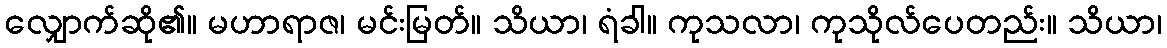
လျှောက်ဆို၏။ မဟာရာဇ၊ မင်းမြတ်။ သိယာ၊ ရံခါ။ ကုသလာ၊ ကုသိုလ်ပေတည်း။ သိယာ၊